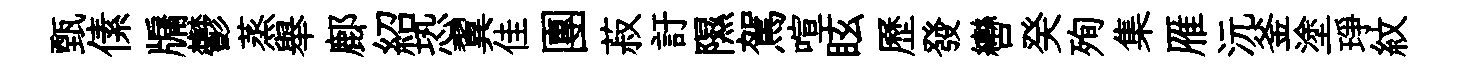
甄傃牖鬱蒸舉鄜紹恐翼佳團菽訏隰駕喧眩歷發轡癸殉集雁沅釜塗琤紋